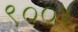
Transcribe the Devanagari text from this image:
९००५